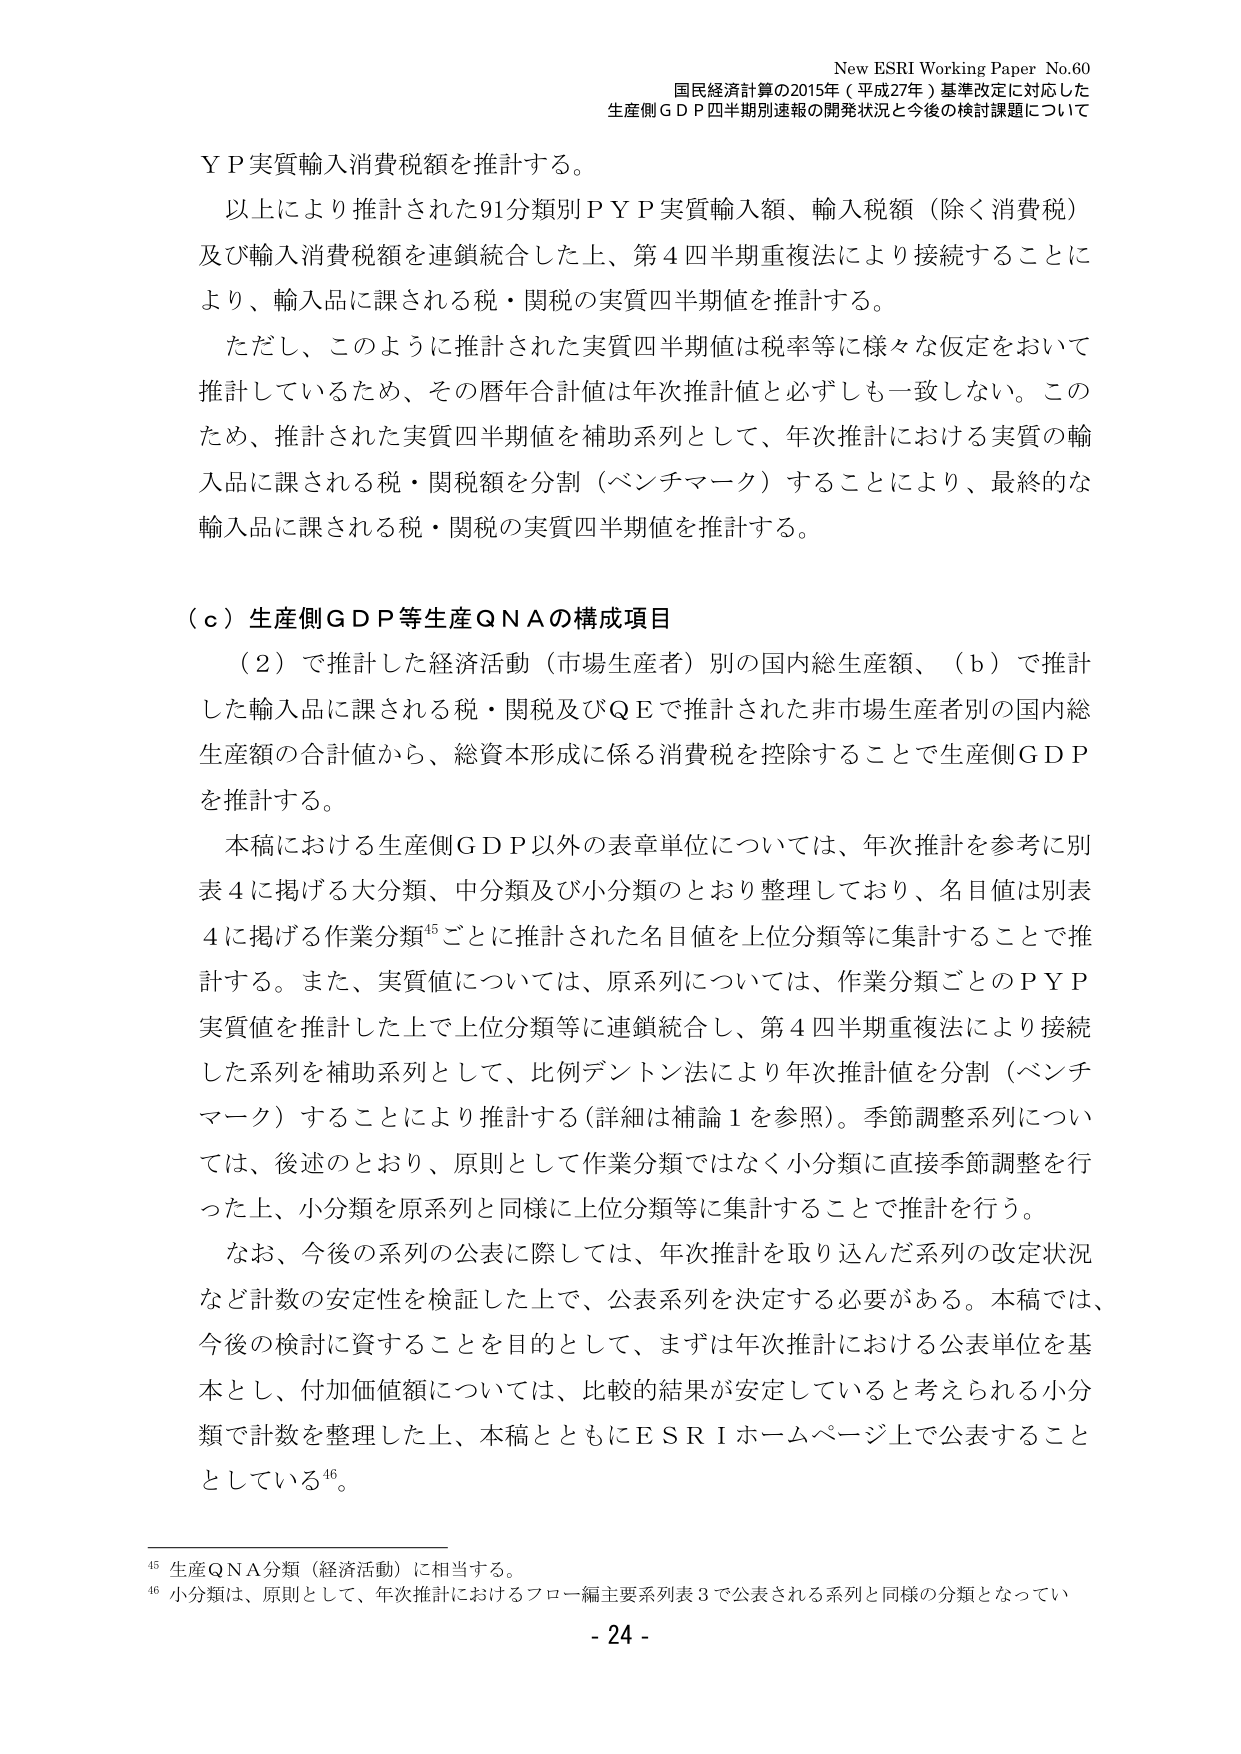
New ESRI Working Paper No.60
国民経済計算の2015年（平成27年）基準改定に対応した
生産側ＧＤＰ四半期別速報の開発状況と今後の検討課題について

ＹＰ実質輸入消費税額を推計する。
以上により推計された91分類別ＰＹＰ実質輸入額、輸入税額（除く消費税）
及び輸入消費税額を連鎖統合した上、第４四半期重複法により接続することに
より、輸入品に課される税・関税の実質四半期値を推計する。
ただし、このように推計された実質四半期値は税率等に様々な仮定をおいて
推計しているため、その暦年合計値は年次推計値と必ずしも一致しない。この
ため、推計された実質四半期値を補助系列として、年次推計における実質の輸
入品に課される税・関税額を分割（ベンチマーク）することにより、最終的な
輸入品に課される税・関税の実質四半期値を推計する。

（ｃ）生産側ＧＤＰ等生産ＱＮＡの構成項目
（２）で推計した経済活動（市場生産者）別の国内総生産額、（ｂ）で推計
した輸入品に課される税・関税及びＱＥで推計された非市場生産者別の国内総
生産額の合計値から、総資本形成に係る消費税を控除することで生産側ＧＤＰ
を推計する。
本稿における生産側ＧＤＰ以外の表章単位については、年次推計を参考に別
表４に掲げる大分類、中分類及び小分類のとおり整理しており、名目値は別表
４に掲げる作業分類⁴⁵ごとに推計された名目値を上位分類等に集計することで推
計する。また、実質値については、原系列については、作業分類ごとのＰＹＰ
実質値を推計した上で上位分類等に連鎖統合し、第４四半期重複法により接続
した系列を補助系列として、比例デントン法により年次推計値を分割（ベンチ
マーク）することにより推計する（詳細は補論１を参照）。季節調整系列につい
ては、後述のとおり、原則として作業分類ではなく小分類に直接季節調整を行
った上、小分類を原系列と同様に上位分類等に集計することで推計を行う。
なお、今後の系列の公表に際しては、年次推計を取り込んだ系列の改定状況
など計数の安定性を検証した上で、公表系列を決定する必要がある。本稿では、
今後の検討に資することを目的として、まずは年次推計における公表単位を基
本とし、付加価値額については、比較的結果が安定していると考えられる小分
類で計数を整理した上、本稿とともにＥＳＲＩホームページ上で公表すること
としている⁴⁶。

⁴⁵ 生産ＱＮＡ分類（経済活動）に相当する。
⁴⁶ 小分類は、原則として、年次推計におけるフロー編主要系列表３で公表される系列と同様の分類となってい

- 24 -